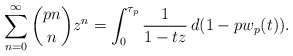
\begin{align*}\sum_{n=0}^\infty \binom{pn}n z^n = \int_0^{\tau_p} \frac1{1-tz} \,d(1-pw_p(t)).\end{align*}